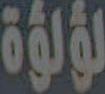
لؤلؤة